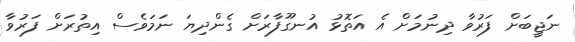
ނަޖީބަށް ފަރުވާ ދިނުމަށް އެ އަތޮޅު އުނގޫފާރަށް ގެންދިޔަ ނަމަވެސް އިތުރަށް ފަރުވާ